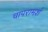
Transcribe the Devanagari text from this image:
चापरामर्श